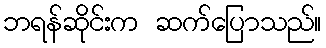
ဘရန်ဆိုင်းက ဆက်ပြောသည်။